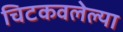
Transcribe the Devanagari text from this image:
चिटकवलेल्या